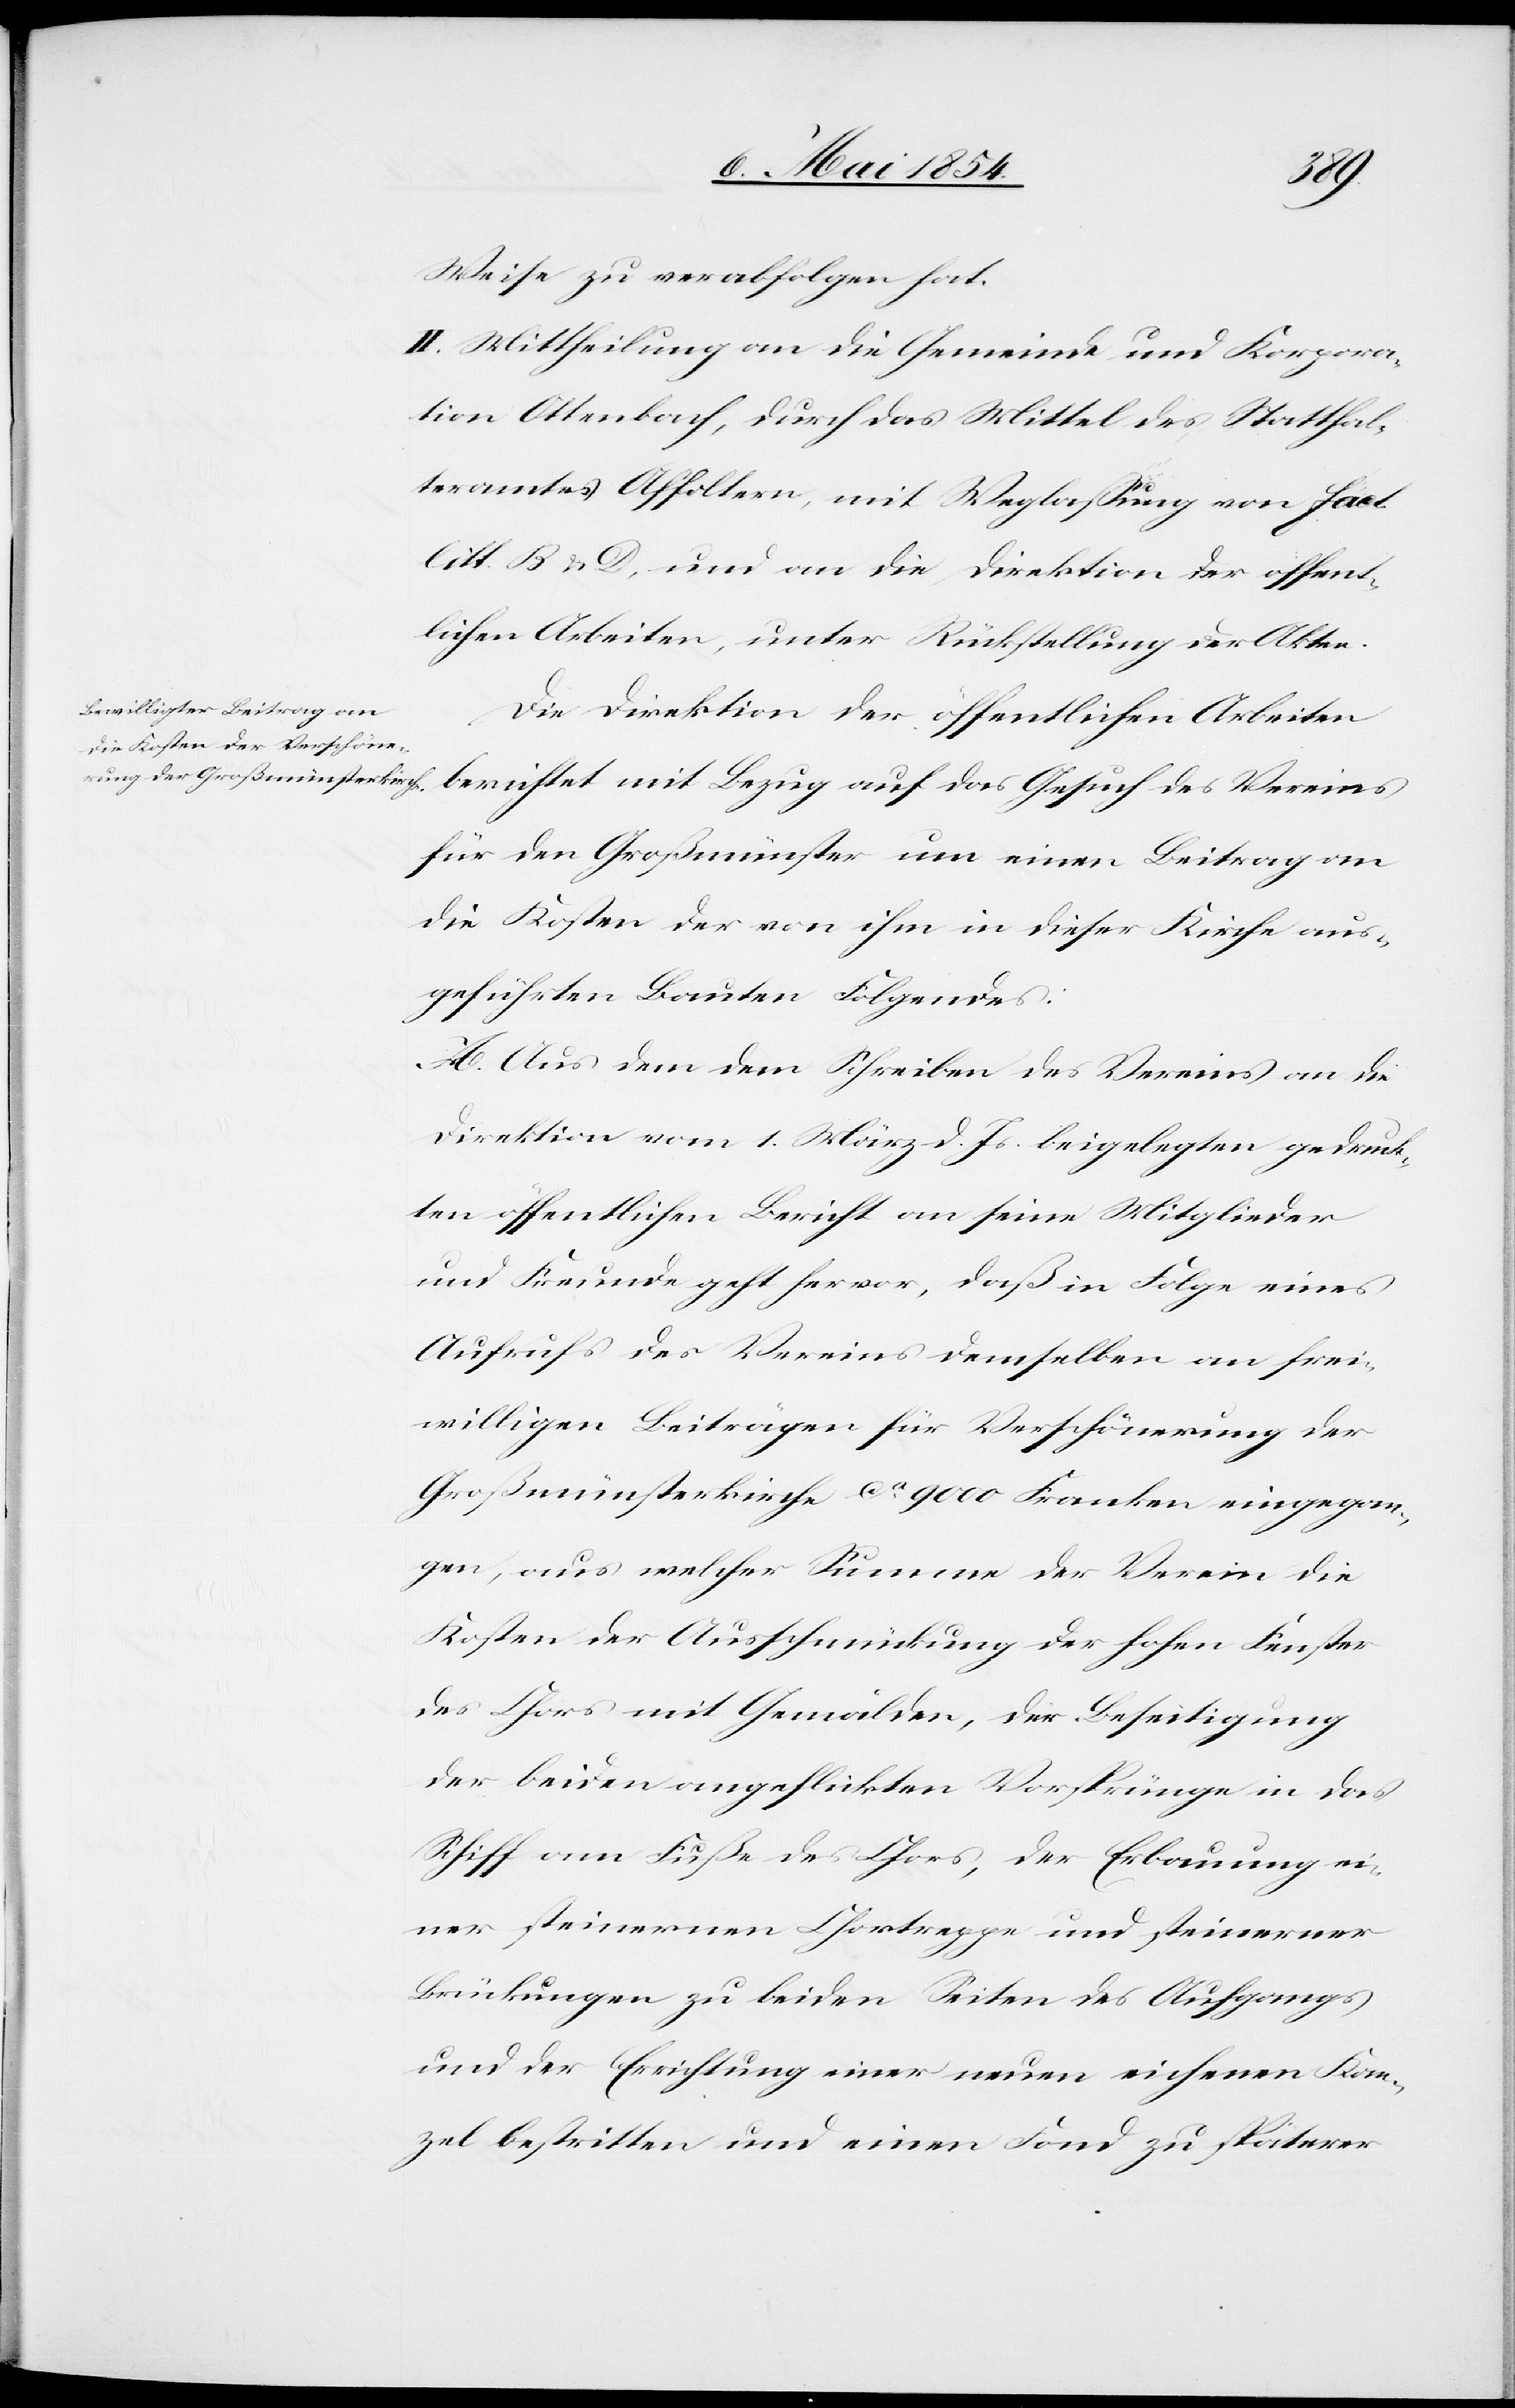
Weise zu verabfolgen hat.
II. Mittheilung an die Gemeinde und Korpora¬
tion Ottenbach, durch das Mittel des Statthal¬
teramtes Affoltern, mit Weglaßung von fact.
litt. B u. D, und an die Direktion der öffent¬
lichen Arbeiten, unter Rückstellung der Akten.
Die Direktion der öffentlichen Arbeiten
berichtet mit Bezug auf das Gesuch des Vereins
für den Großmünster um einen Beitrag an
die Kosten der von ihm in dieser Kirche aus¬
geführten Bauten Folgendes:
A. Aus dem dem [sic!] Schreiben es Vereins an die
Direktion vom 1. März d. Js. beigelegten gedruck¬
ten öffentlichen Bericht an seine Mitglieder
und Freunde geht hervor, das in Folge eines
Aufrufes des Vereins demselben an frei¬
willigen Beiträgen für Verschönerung der
Großmünsterkirche ca 9000 Franken eingegan¬
gen, aus welcher Summe der Verein die
Kosten der Ausschmückung der hohen Fenster
des Chors mit Gemälden, der Beseitigung
der beiden angeflickten Vorsprünge in das
Schiff am Fuße des Chors, der Erbauung ei¬
ner steinernen Chortreppe und steinerner
Brückungen zu beiden Seiten des Aufgangs
und der Errichtung einer neuen eichenen Kan¬
zel bestritten und einen Fond zu späterer